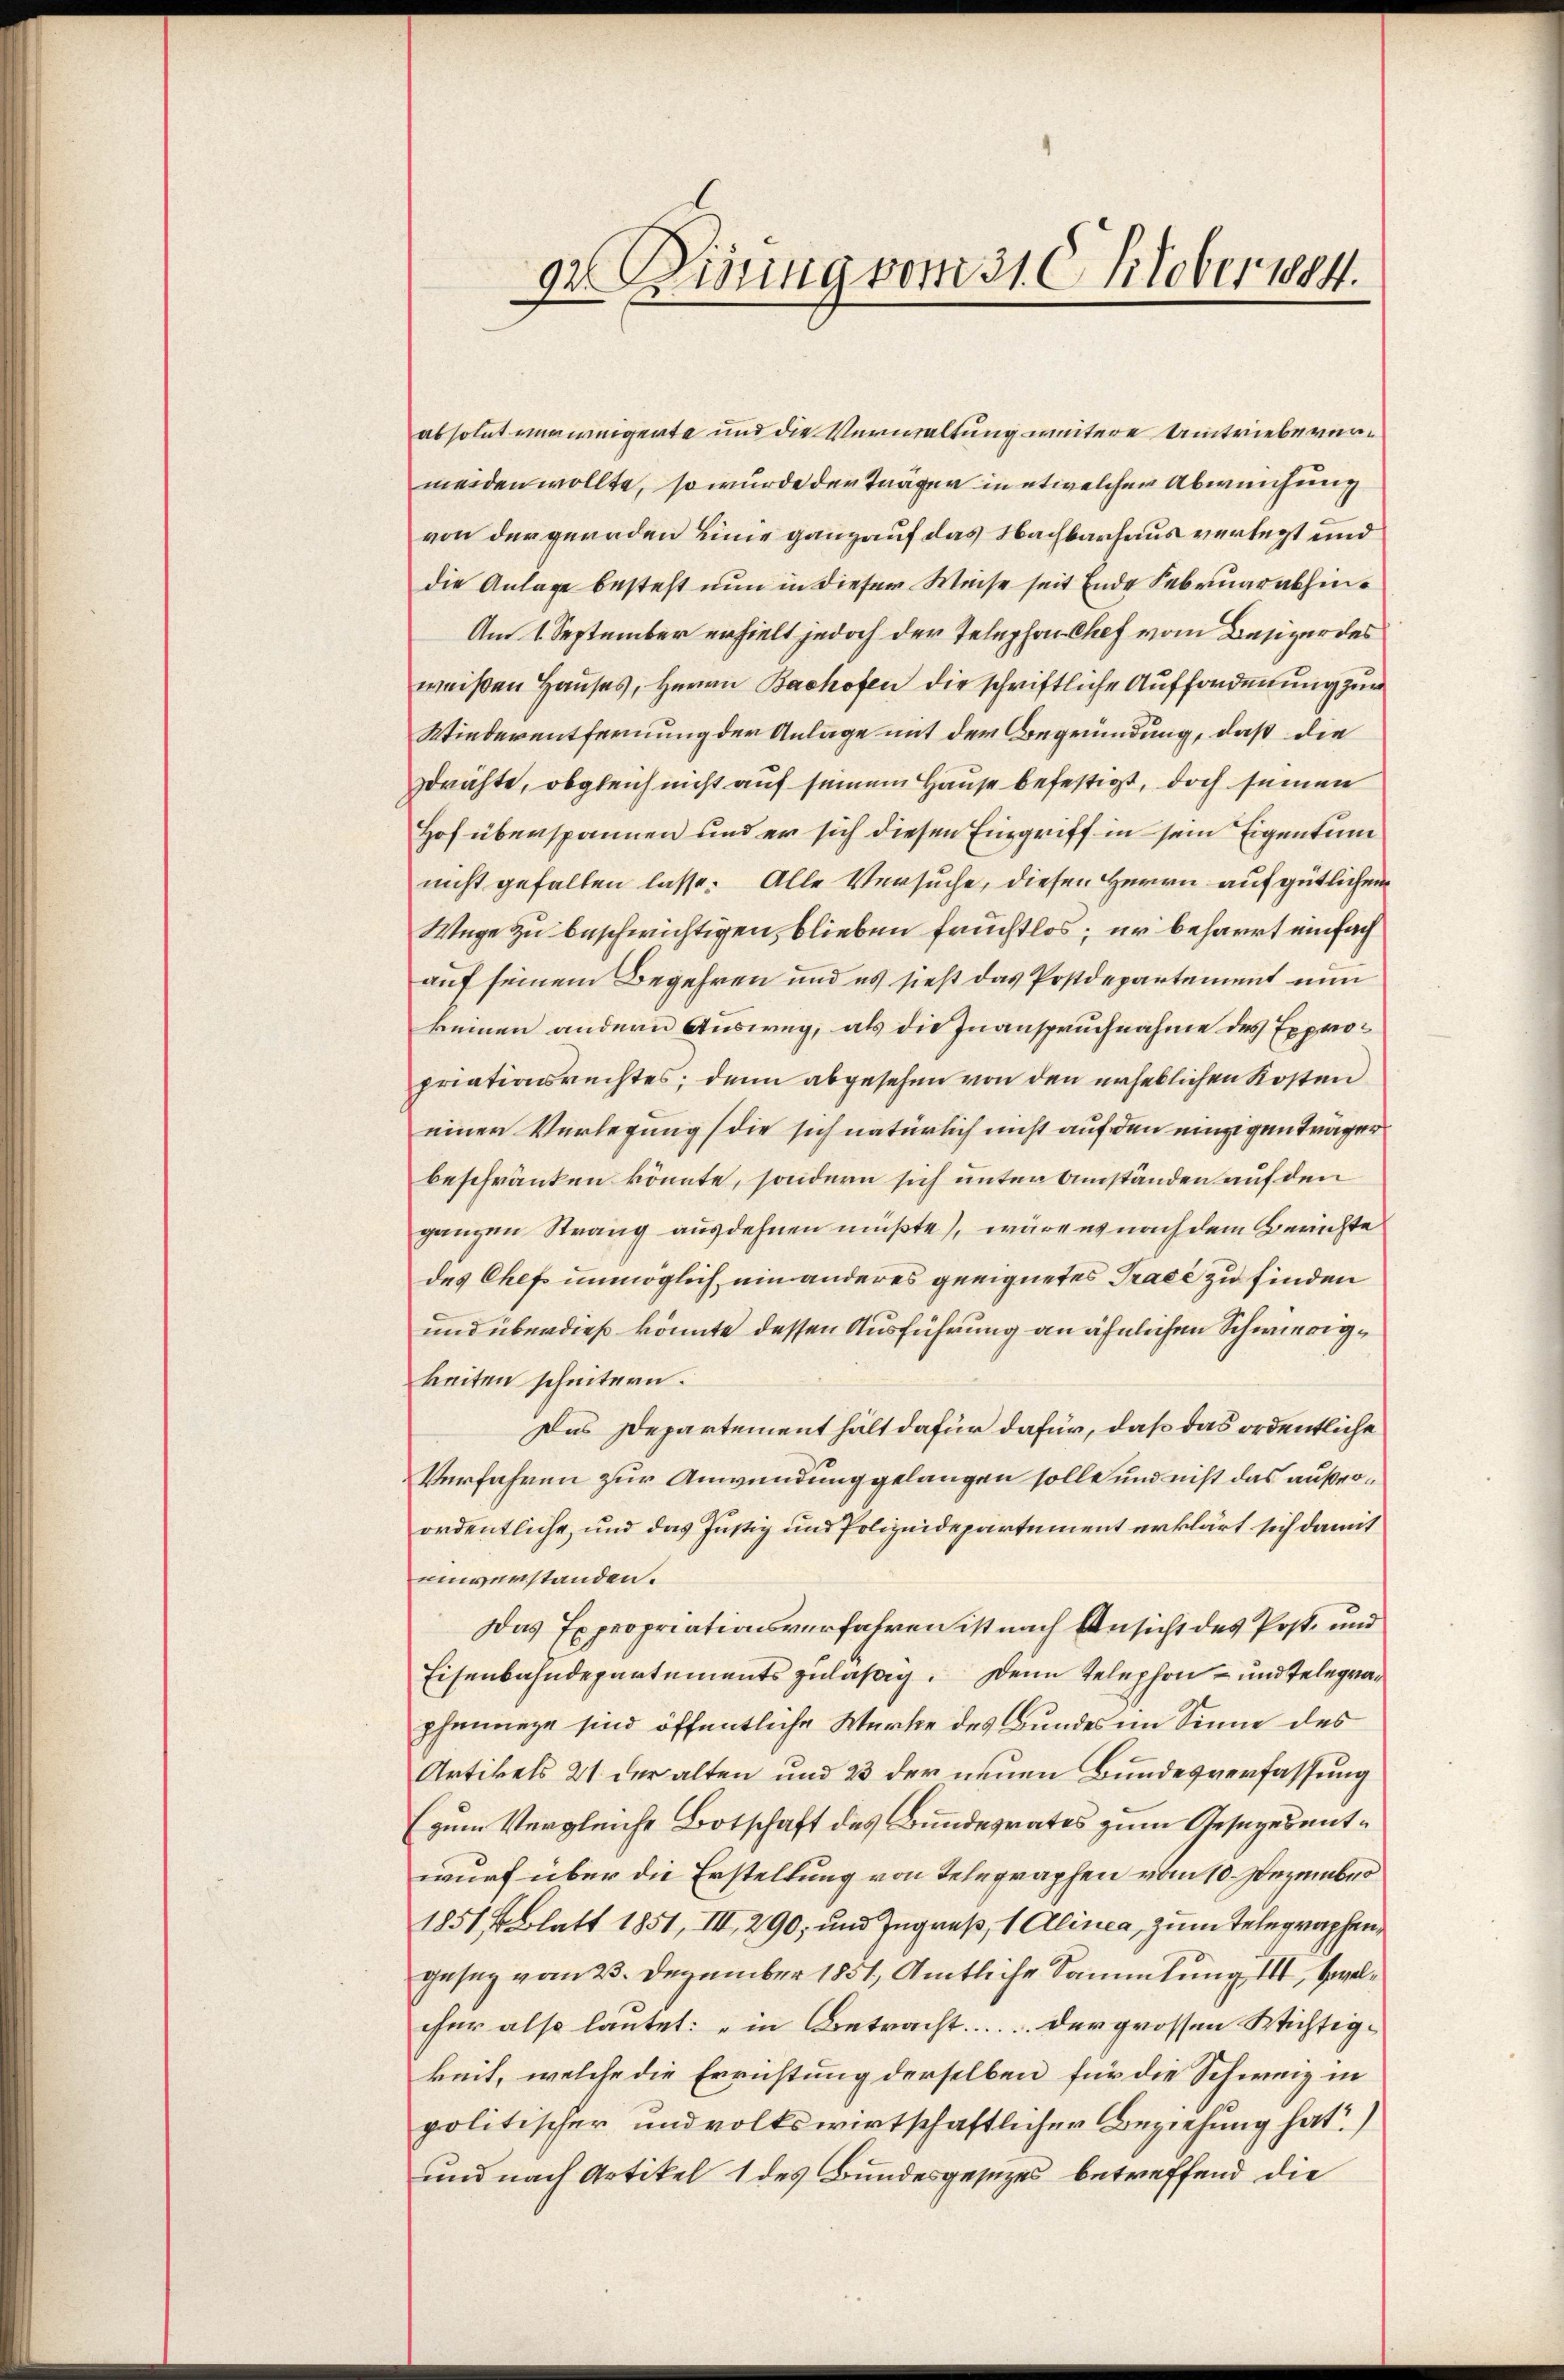
92. Disung vom 31 Oktober 1884.

absolut verweigente und die Verwaltung weitere Umtriebe vermeiden wollte, so wurde der Träger in etwelcher Abweichung
von der geraden Linie ganz auf das Nachbarhaus verlegt und
die Anlage besteht nun in dieser Weise seit Ende Februar abhin¬
Am 1. September erhielt jedoch der Telephon Chef vom Besizer des
weißen Hauses, Herrn Bachofen die schriftliche Aufforderung zur
Wiederentfernung der Anlage mit der Begründung, daß die
sdrähte, obgleich nicht auf seinem Hause befestigt, doch seinen
Hof überspannen und er sich diesen Eingriff in sein Eigentum
nicht gefallen lasse. Alle Versuche, diesen Herrn auf gütlichen
Wege zu beschwichtigen, blieben fruchtlos; er beharrt einfach
auf seinem Begehren und es sieht das Postdepartement nun
keinen andern Ausweg, als die Inanspruchnahme des Expropriationsrechtes; denn abgesehen von den erheblichen Kosten
einer Verlegung die sich natürlich nicht auf den einzigen Träger
beschränken könnte, sondern sich unter Umständen auf den
ganzen Strang ausdehnen müßte, wäre es nach dem Berichte
des Chefs unmöglich ein anderes geeignetes Tracé zu finden
und überdieß könnte dessen Ausführung an ähnlichen Schwierigkeiten scheitern.
Das Departement hält dafür dafür, daß das ordentliche
Verfahren zur Anwendung gelangen solle und nicht das außerordentliche, und das Justiz und Polizeidepartement erklärt sich damit
umverstanden.
Das Expropriationsverfahren ist nach Ansicht des Post- und
Eisenbahndepartements zuläßig. Denn Telephon – und Telegraphinanze sind öffentliche Werke des Bundes im Sinne des
Artikels 21 der alten und 23 der neuen Bundesverfassung
(zum Vergleiche Botschaft des Bundesrates zum Gesezesentwurf über die Erstellung von Telegraphen vom 10. Dezember
1851 f. Blatt 1851, III, 290, und Ingreß, 1 Alinea, zum Telegraphen
geseg vom 23. Dezember 1851, Amtliche Sammlung III, Zelcher also lautet: "in Betracht..... der grossen Wichtigkeit, welche die Errichtung derselben für die Schweiz in
politischer und volkswirtschaftlicher Beziehung hat)
und nach Artikel 1 des Bundesgesezes betreffend die